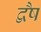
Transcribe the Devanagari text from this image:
द्वैष